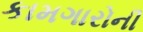
કામગારોની